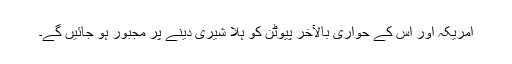
امریکہ اور اس کے حواری بالآخر پیوٹن کو ہلا شیری دینے پر مجبور ہو جائیں گے۔